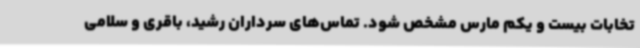
تخابات بیست و یکم مارس مشخص شود. تماس‌های سرداران رشید، باقری و سلامی